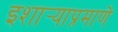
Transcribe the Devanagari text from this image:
इशार्‍याप्रमाणे